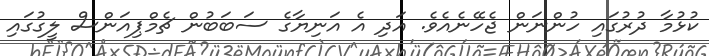
ކުޅުމާ ދުރުގައި ހުންނަން ޖެހޭނެއެވެ. އަދި އެ އަނިޔާގެ ސަބަބުން ޗެމްޕިއަންސް ލީގުގައި